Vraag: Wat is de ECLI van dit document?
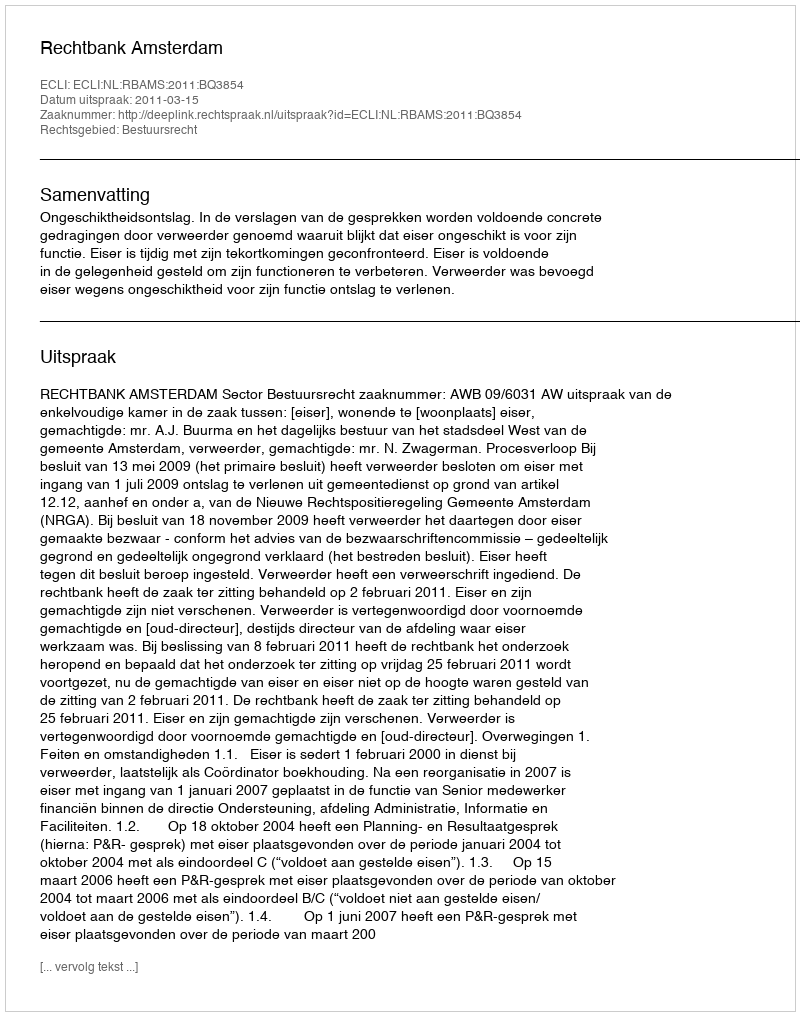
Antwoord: ECLI:NL:RBAMS:2011:BQ3854